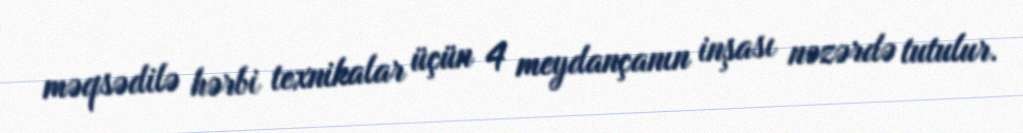
məqsədilə hərbi texnikalar üçün 4 meydançanın inşası nəzərdə tutulur.